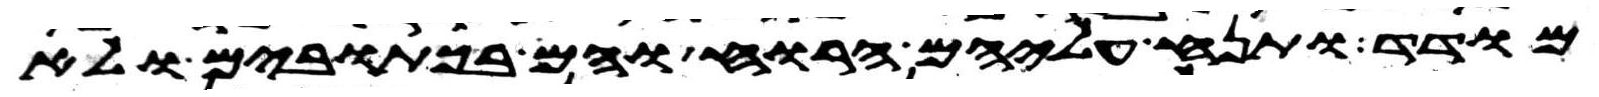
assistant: מודד ותנח עליהם הרוח והם בכתובים ולא